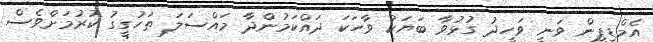
އެމްޑީޕީން ވަނީ ވަހީދު ގުޅުވާ ބަޔަކު ވާހަކަ ދައްކަމުންދާ މައްސަލަ ތަހުގީގު ކުރުމަށްވެެސް